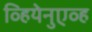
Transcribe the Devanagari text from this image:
व्हियेनुएव्ह